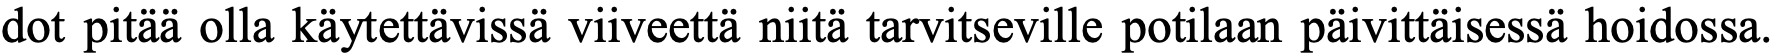
dot pitää olla käytettävissä viiveettä niitä tarvitseville potilaan päivittäisessä hoidossa.